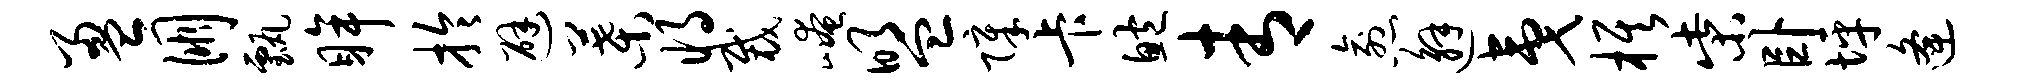
盈朋甄眸拎避叶将裁崦盟障卡鲍青愈邂夷旗柴卧坪逄